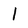
Character: l